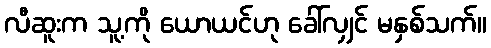
လီဆူးက သူ့ကို ယောယင်ဟု ခေါ်လျှင် မနှစ်သက်။